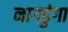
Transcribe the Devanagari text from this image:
नागढुंगा